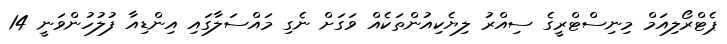
ޕެޓްރޯލިއަމް މިނިސްޓްރީގެ ސިއްރު ލިޔެކިއުންތަކެއް ވަގަށް ނެގި މައްސަލާގައި އިންޑިއާ ފުލުހުންވަނީ 14